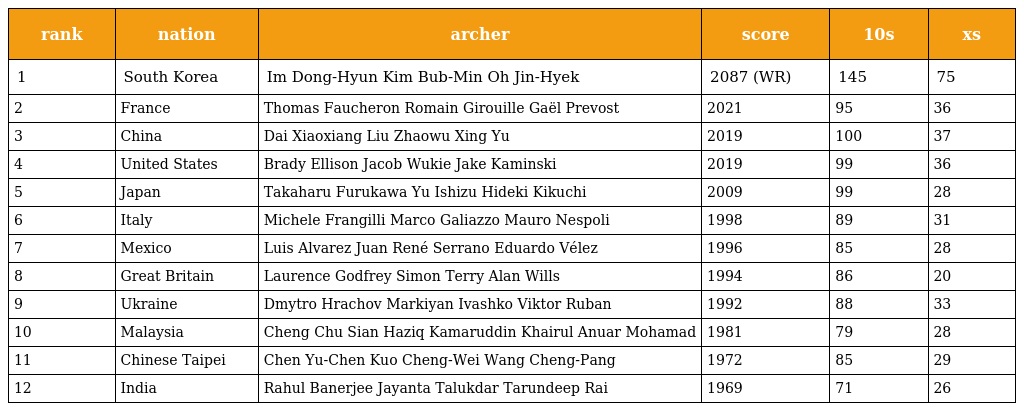
| rank | nation | archer | score | 10s | xs |
 | --- | --- | --- | --- | --- | --- |
 | 1 | South Korea | Im Dong-Hyun Kim Bub-Min Oh Jin-Hyek | 2087 (WR) | 145 | 75 |
 | 2 | France | Thomas Faucheron Romain Girouille Gaël Prevost | 2021 | 95 | 36 |
 | 3 | China | Dai Xiaoxiang Liu Zhaowu Xing Yu | 2019 | 100 | 37 |
 | 4 | United States | Brady Ellison Jacob Wukie Jake Kaminski | 2019 | 99 | 36 |
 | 5 | Japan | Takaharu Furukawa Yu Ishizu Hideki Kikuchi | 2009 | 99 | 28 |
 | 6 | Italy | Michele Frangilli Marco Galiazzo Mauro Nespoli | 1998 | 89 | 31 |
 | 7 | Mexico | Luis Alvarez Juan René Serrano Eduardo Vélez | 1996 | 85 | 28 |
 | 8 | Great Britain | Laurence Godfrey Simon Terry Alan Wills | 1994 | 86 | 20 |
 | 9 | Ukraine | Dmytro Hrachov Markiyan Ivashko Viktor Ruban | 1992 | 88 | 33 |
 | 10 | Malaysia | Cheng Chu Sian Haziq Kamaruddin Khairul Anuar Mohamad | 1981 | 79 | 28 |
 | 11 | Chinese Taipei | Chen Yu-Chen Kuo Cheng-Wei Wang Cheng-Pang | 1972 | 85 | 29 |
 | 12 | India | Rahul Banerjee Jayanta Talukdar Tarundeep Rai | 1969 | 71 | 26 |